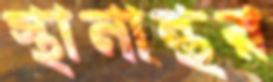
স্থানান্থর